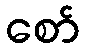
စော်